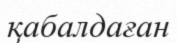
қабалдаған